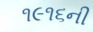
૧૯૧૬ની